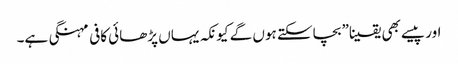
اور پیسے بھی یقینا” بچاسکتے ہوں گے کیونکہ یہاں پڑھائی کافی مہنگی ہے۔